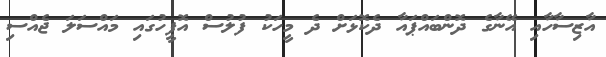
އާޒިސާހާއި އޭނާގެ ދޮންބައްޕައާ ދެކޮޅަށް ދެ މީހަކު ފުލުސް އޮފީހުގައި މައްސަލަ ޖެއްސި